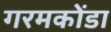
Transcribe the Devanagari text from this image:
गरमकोंडा